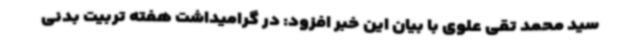
سید محمد تقی علوی با بیان این خبر افزود: در گرامیداشت هفته تربیت بدنی